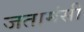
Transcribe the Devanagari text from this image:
जतामंसी